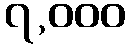
၇,၀၀၀